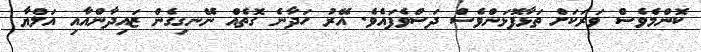
ކޮންމެވެސް ވަރަކަށް ތަޅާފޮޅަންވެސް ދަސްވެފައެވެ. އޭރު ހަދާނެ ގޮތެއް ނޭނގިގެން ޒައިދާންއާއި އަލްޔާ